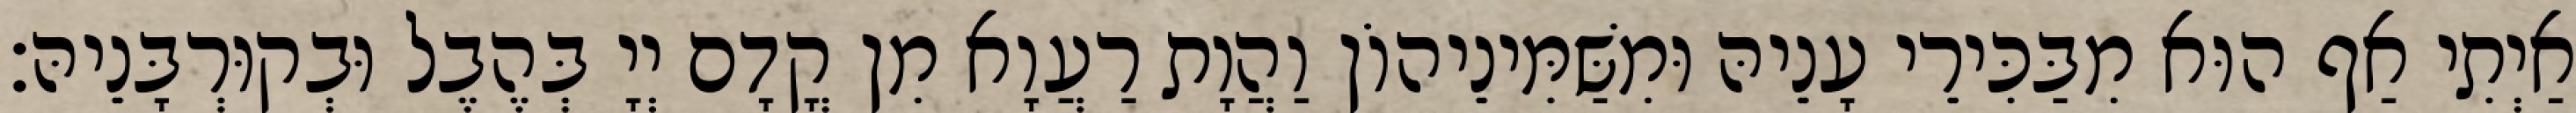
אַיְתִי אַף הוּא מִבַּכִּירֵי עָנֵיהּ וּמִשַּׁמִּינֵיהוֹן וַהֲוָת רַעֲוָא מִן קֳדָם יְיָ בְּהֶבֶל וּבְקוּרְבָּנֵיהּ׃